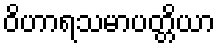
ဝိဟာရသမာပတ္တိယာ